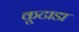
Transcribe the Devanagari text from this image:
कूटाडा